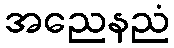
အညေနညံ